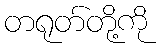
တရုတ်တို့ကို